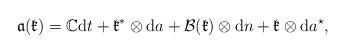
LaTeX: \begin{align*}\mathfrak{a}(\mathfrak{k})=\mathbb{C}\mathrm{d}t+\mathfrak{k}^\ast\otimes\mathrm{d}a+ \mathcal{B}(\mathfrak{k})\otimes\mathrm{d}n +\mathfrak{k}\otimes\mathrm{d}a^\star,\end{align*}